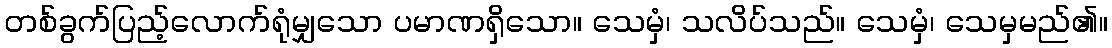
တစ်ခွက်ပြည့်လောက်ရုံမျှသော ပမာဏရှိသော။ သေမှံ၊ သလိပ်သည်။ သေမှံ၊ သေမှမည်၏။